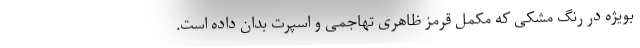
بویژه در رنگ مشکی که مکمل قرمز ظاهری تهاجمی و اسپرت بدان داده است.